Lunatic asylums Central Provinces reports 1874-1885 - 1874-1885
Year: 1874
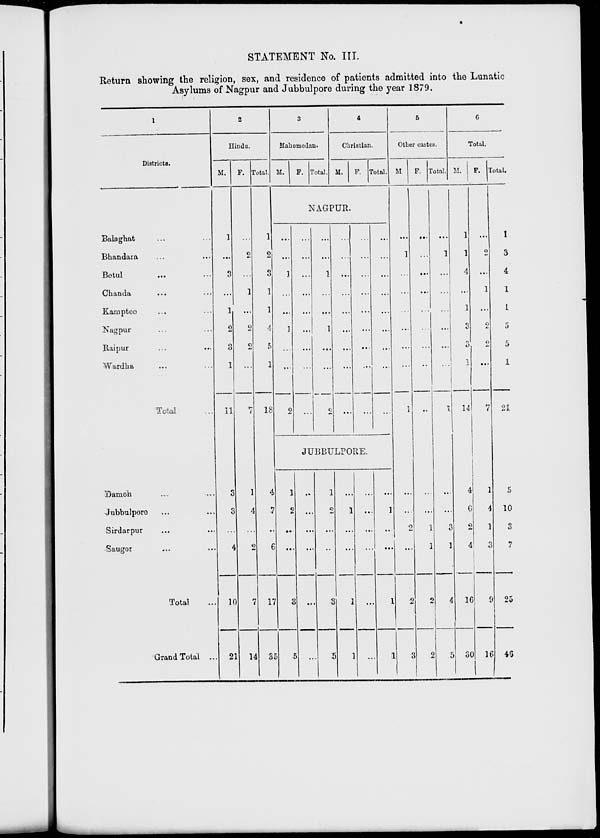
STATEMENT No. III.
Return showing the religion, sex, and residence of patients admitted into the Lunatic
Asylums of Nagpur and Jubbulpore during the year 1879.
1
Districts.
Balaghat ... ...
Bhandara ... ...
Betul
... ...
Chanda ... ...
Kamptec ... ...
Nagpur ... ...
Raipur ... ...
Wardha ... ...
Total ...
Damoh ... ...
Jubbulpore ... ...
Sirdarpur ... ...
Saugor ... ...
Total ...
Grand Total ...
2
Hindu.
M.
1
...
3
...
1
2
3
1
11
3
3
...
4
10
21
F.
...
2
...
1
...
2
2
...
7
1
4
...
2
7
14
Total.
1
2
3
1
1
4
5
1
18
4
7
...
6
17
35
3
Mahomedan.
M.
F.
Total.
4
Christian.
M.
F. Total.
NAGPUR.
...
...
1
...
...
1
...
...
2
...
...
...
...
...
...
...
...
...
...
...
1
...
...
1
...
...
2
...
...
...
...
...
...
...
...
...
...
...
...
...
...
...
...
...
...
...
...
...
...
...
...
...
...
...
JUBBULPORE.
1
2
...
...
3
5
..
...
...
...
...
...
1
2
...
...
3
5
...
1
...
...
1
1
...
...
...
...
...
...
...
1
...
...
1
1
5
Other castes.
M
...
1
...
...
...
...
...
...
1
...
...
2
...
2
3
F.
...
...
...
...
...
...
...
...
...
...
...
1
1
2
2
Total.
...
1
...
...
...
...
...
...
1
...
...
3
1
4
5
6
Total.
M.
1
1
4
...
1
3
3
1
14
4
6
2
4
16
30
F.
...
2
...
1
...
2
2
...
7
1
4
1
3
9
16
Total.
1
3
4
1
1
5
5
1
21
5
10
3
7
25
46